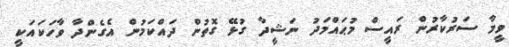
ވީމާ ސަރުކާރުން ރައީސް މުޙައްމަދު ނަޝީދާ ގުޅޭ ގޮތުން ދައްކަމުން އެގެންދާ ވާހަކައަކީ